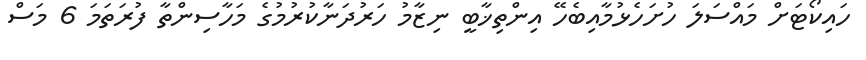
ހައިކޯޓަށް މައްސަލަ ހުށަހެޅުމާއިބެހޭ އިންތިޚާބީ ނިޒާމު ހަރުދަނާކުރުމުގެ މަހާސިންތާ ފުރަތަމަ 6 މަސް